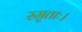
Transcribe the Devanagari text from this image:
स्मृताः।